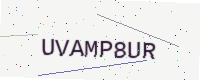
Text: UVAMP8UR